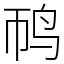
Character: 䴓